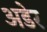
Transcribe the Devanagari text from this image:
अडेर